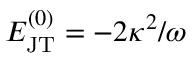
E _ { \mathrm { J T } } ^ { ( 0 ) } = - 2 \kappa ^ { 2 } / \omega